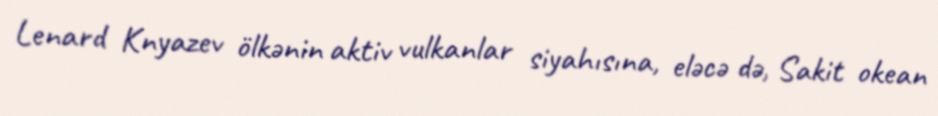
Lenard Knyazev ölkənin aktiv vulkanlar siyahısına, eləcə də, Sakit okean